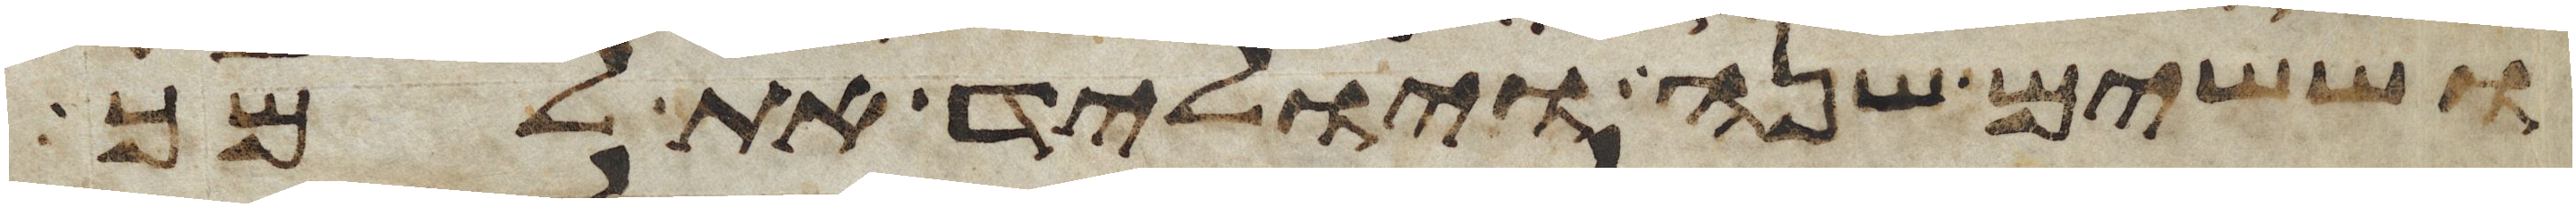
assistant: וששים שנה ויוליד את למך